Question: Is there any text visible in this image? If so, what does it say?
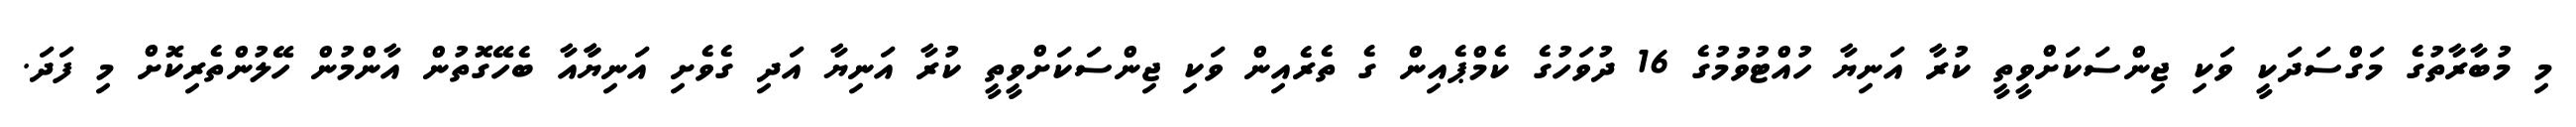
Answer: މި މުބާރާތުގެ މަގްސަދަކީ ވަކި ޖިންސަކަށްވީތީ ކުރާ އަނިޔާ ހުއްޓުވުމުގެ 16 ދުވަހުގެ ކެމްޕެއިން ގެ ތެރެއިން ވަކި ޖިންސަކަށްވީތީ ކުރާ އަނިޔާ އަދި ގެވެށި އަނިޔާާއާ ބެހޭގޮތުން އާންމުން ހޭލުންތެރިކޮށް މި ފަދަ.